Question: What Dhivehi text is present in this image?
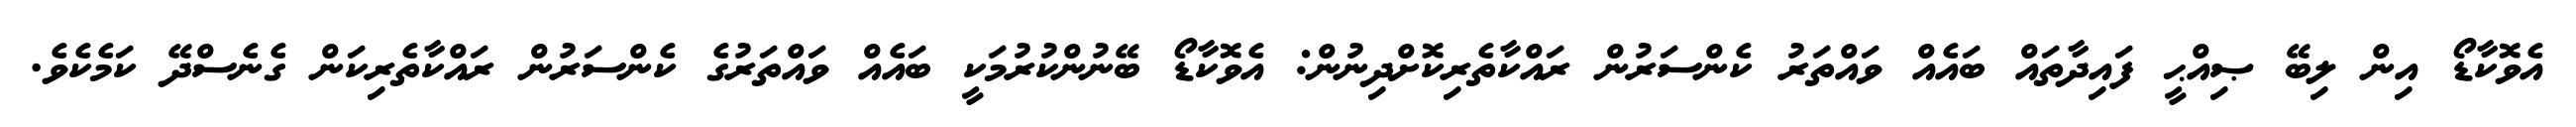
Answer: އެވޮކާޑޯ އިން ލިބޭ ޞިއްޙީ ފައިދާތައް ބައެއް ވައްތަރު ކެންސަރުން ރައްކާތެރިކޮށްދިނުން: އެވޮކާޑޯ ބޭނުންކުރުމަކީ ބައެއް ވައްތަރުގެ ކެންސަރުން ރައްކާތެރިކަން ގެނެސްދޭ ކަމެކެވެ.